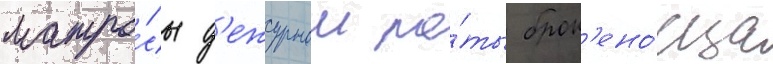
матро́сы д'ежурнои ро́ты брон'ено́сца